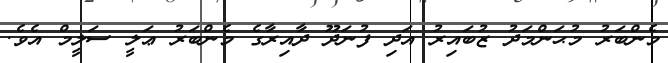
މެންބަރު މުޙަންމަދު ޒުބައިރު އަދި ފުނަދޫ ދާއިރާގެ މެންބަރު ޢަލީ ސަލީމް އެވެ.